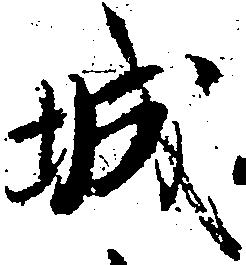
城